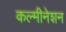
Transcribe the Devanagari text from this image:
कल्मीनेशन